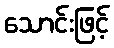
သောင်းဖြင့်